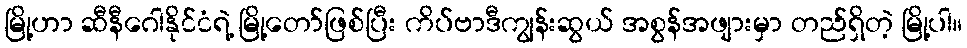
မြို့ဟာ ဆီနီဂေါနိုင်ငံရဲ့ မြို့တော်ဖြစ်ပြီး ကိပ်ဗာဒီကျွန်းဆွယ် အစွန်အဖျားမှာ တည်ရှိတဲ့ မြို့ပါ။